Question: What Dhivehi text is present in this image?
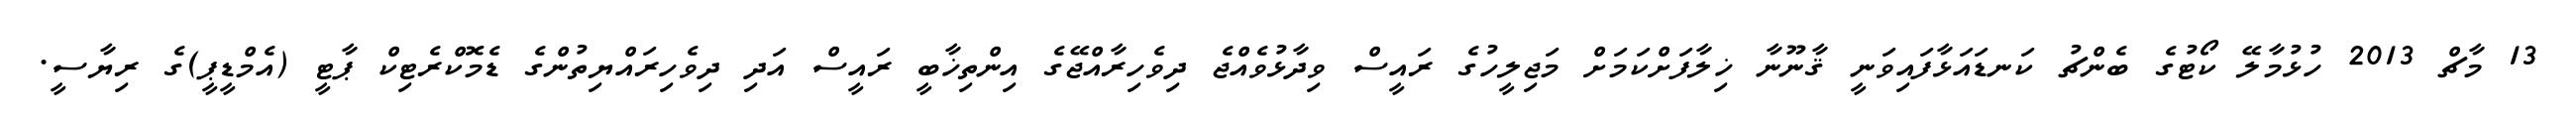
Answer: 13 މާޗް 2013 ހުޅުމާލޭ ކޯޓުގެ ބެންޗު ކަނޑައަޅާފައިވަނީ ޤާނޫނާ ޚިލާފަށްކަމަށް މަޖިލީހުގެ ރައީސް ވިދާޅުވެއްޖެ ދިވެހިރާއްޖޭގެ އިންތިޚާބީ ރައީސް އަދި ދިވެހިރައްޔިތުންގެ ޑެމޮކްރެޓިކް ޕާޓީ (އެމްޑީޕީ)ގެ ރިޔާސީ.